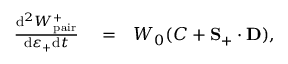
\begin{array} { r l r } { \frac { \mathrm { d } ^ { 2 } W _ { \mathrm { p a i r } } ^ { + } } { \mathrm { d } \varepsilon _ { + } \mathrm { d } t } } & { { } = } & { W _ { 0 } ( C + { \bf S } _ { + } \cdot { \bf D } ) , } \end{array}